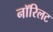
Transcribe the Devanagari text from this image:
नॉरिलट